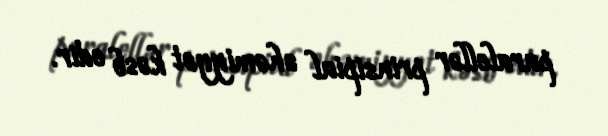
paralellər prinsipial əhəmiyyət kəsb edir.